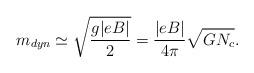
LaTeX: \begin{align*}m_{dyn}\simeq\sqrt{\frac{g|eB|}{2}} = \frac{|eB|}{4\pi}\sqrt{GN_c} .\end{align*}